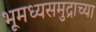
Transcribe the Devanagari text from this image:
भूमध्यसमुद्राच्या